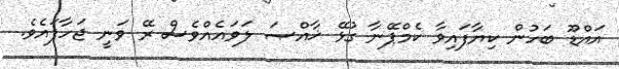
އައްޑޫ ބަހުން ކިޔާފައިވާ ކެމްޕޭނާ ގުޅޭ ޚާއްޞަ ލަވައެއްވެސް ރޭ ވަނީ ޖަހާފައެވެ.